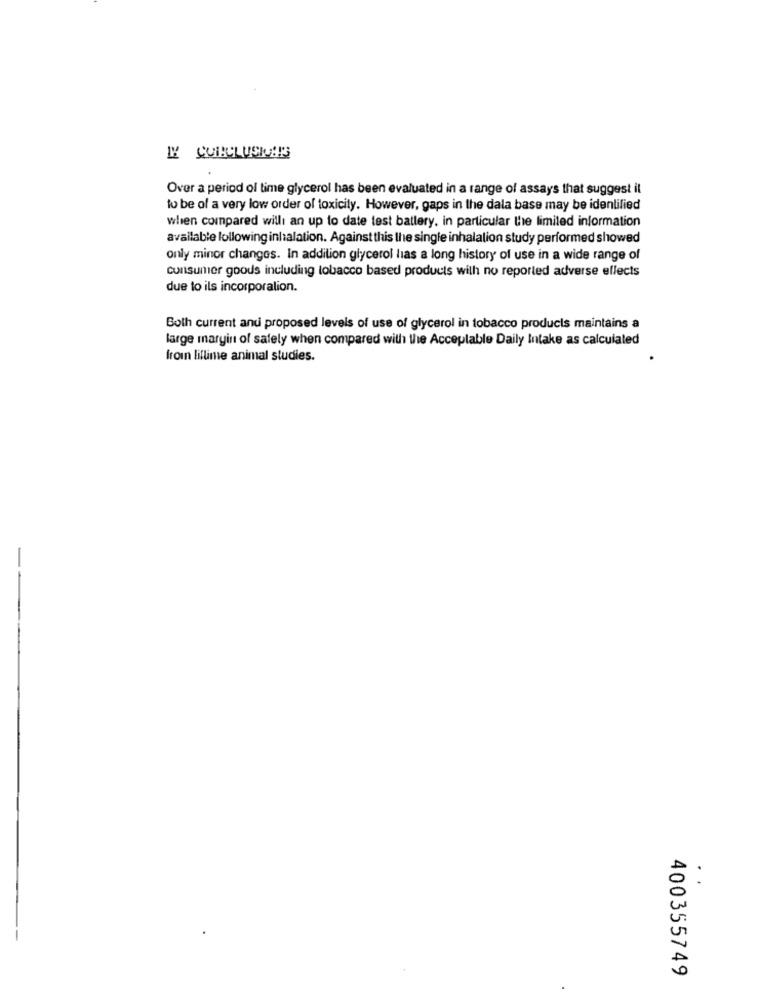
L' CONCLUSIONS
Over a period of time glycerol has been evaluated in a range of assays that suggest il
to be of a very low order of toxicity. However, gaps in the dala base may be identified
when compared willi an up to date test battery. in particular the limited information
available following inhalation. Against this the single inhalation study performed showed
only minor changes. In addition glycerol lias a long history of use in a wide range of
consumer goods including tobacco based products with no reported adverse ellects
due to ils incorporalion.
Both current and proposed levels of use of glycerol in tobacco products maintains a
large margin of safely when compared with the Acceptable Daily Intake as calculated
froin liflime animal studies.
400355749